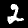
Label: 2